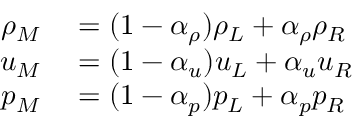
\begin{array} { r l } { \rho _ { M } } & { { } = ( 1 - \alpha _ { \rho } ) \rho _ { L } + \alpha _ { \rho } \rho _ { R } } \\ { u _ { M } } & { { } = ( 1 - \alpha _ { u } ) u _ { L } + \alpha _ { u } u _ { R } } \\ { p _ { M } } & { { } = ( 1 - \alpha _ { p } ) p _ { L } + \alpha _ { p } p _ { R } } \end{array}